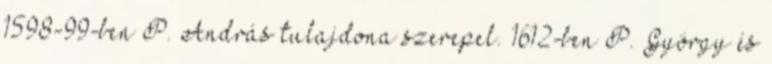
1598-99-ben P. András tulajdona szerepel. 1612-ben P. György és